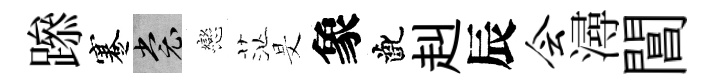
𨅶蹇裳戀茫旻象齔赳辰会潯閶